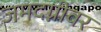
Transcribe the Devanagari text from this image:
जमदग्नीवर